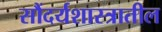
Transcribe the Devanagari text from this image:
सौंदर्यशास्त्रातील